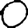
Digit: 0